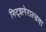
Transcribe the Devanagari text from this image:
फिट्झगेराल्डचा